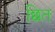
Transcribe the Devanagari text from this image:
छित